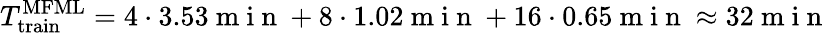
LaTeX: T_{\mathrm{train}}^{\mathrm{MFML}}=4\cdot 3.53\mathrm{~m~i~n~}+8\cdot 1.02\mathrm{~m~i~n~}+16\cdot 0.65\mathrm{~m~i~n~}\approx 32\mathrm{~m~i~n~}